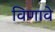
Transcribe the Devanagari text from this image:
विणावे